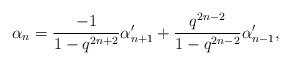
LaTeX: \begin{align*}\alpha_n = \frac{-1}{1-q^{2n+2}}\alpha_{n+1}' + \frac{q^{2n-2}}{1-q^{2n-2}}\alpha_{n-1}',\end{align*}